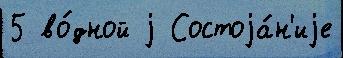
5 во́дной j Состоjа́н'иjе